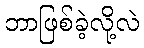
ဘာဖြစ်ခဲ့လို့လဲ